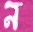
ন